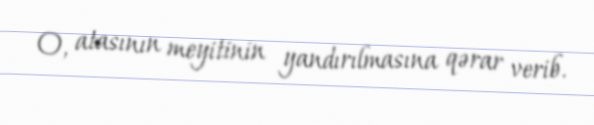
O, atasının meyitinin yandırılmasına qərar verib.